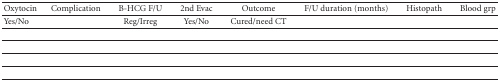
| Oxytocin | Complication | B-HCG F/U | 2nd Evac | Outcome | F/U duration (months) | Histopath | Blood grp |
 | --- | --- | --- | --- | --- | --- | --- | --- |
 | Yes/No |  | Reg/Irreg | Yes/No | Cured/need CT |  |  |  |